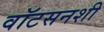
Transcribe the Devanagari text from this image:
वॉटसनशी